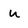
Character: U